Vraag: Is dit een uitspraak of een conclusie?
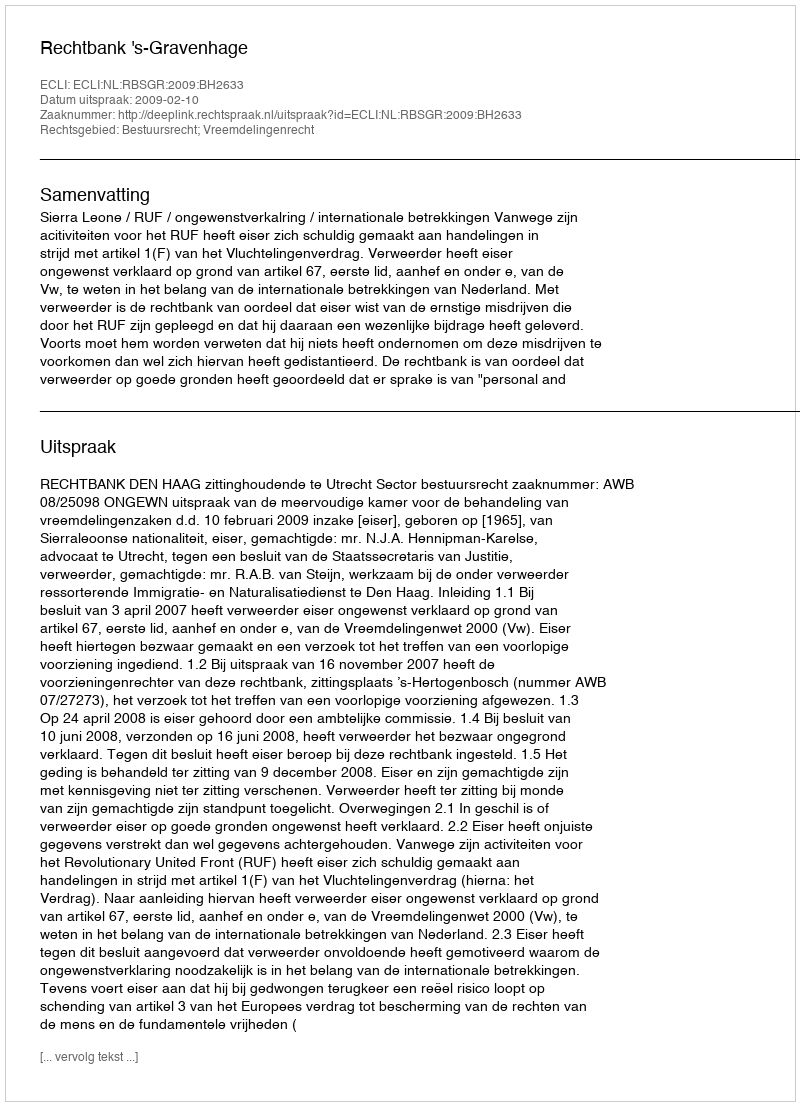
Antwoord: Uitspraak